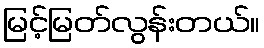
မြင့်မြတ်လွန်းတယ်။